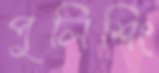
পুলিশিং